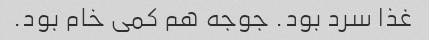
غذا سرد بود. جوجه هم کمی خام بود.